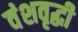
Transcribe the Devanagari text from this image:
वंशवृद्धी